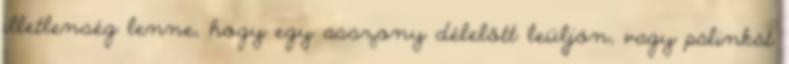
illetlenség lenne, hogy egy asszony délelőtt leüljön, vagy pálinkát